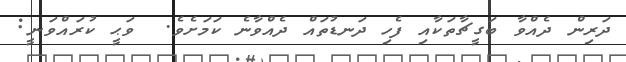
ދަރިން ދެއްވާ ބަގީޗާތަކާއި ފެހި ދަނޑުތައް ދެއްވާނެ ކަމަށެވެ.  ވަޙީ ކުރައްވަނީ: